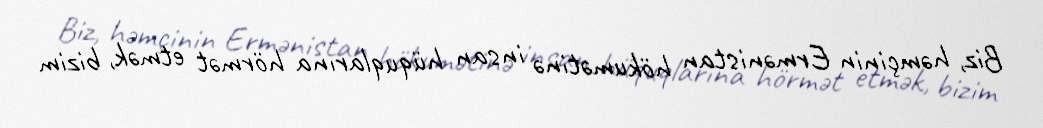
Biz, həmçinin Ermənistan hökumətinə insan hüquqlarına hörmət etmək, bizim